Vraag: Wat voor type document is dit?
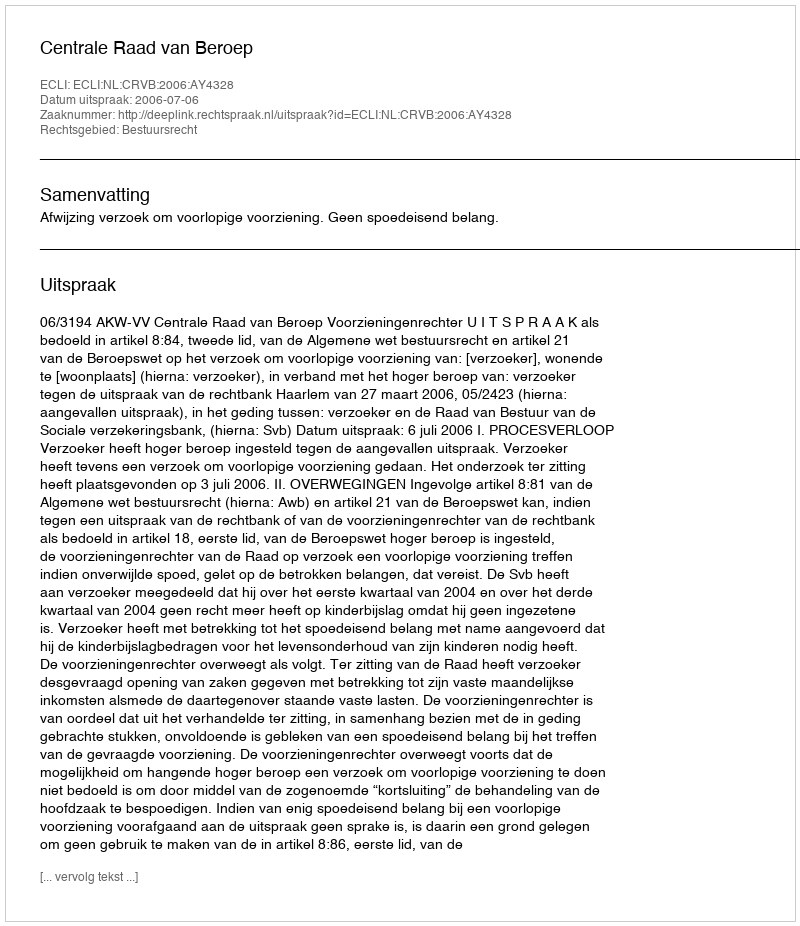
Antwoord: Uitspraak